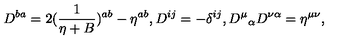
D ^ { b a } = 2 ( { \frac { 1 } { \eta + B } } ) ^ { a b } - \eta ^ { a b } , D ^ { i j } = - \delta ^ { i j } , { D ^ { \mu } } _ { \alpha } D ^ { \nu \alpha } = \eta ^ { \mu \nu } ,